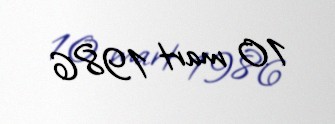
10 mart 1986